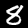
Digit: 8